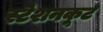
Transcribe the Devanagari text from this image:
स्टेशनकूट